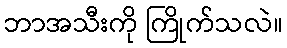
ဘာအသီးကို ကြိုက်သလဲ။